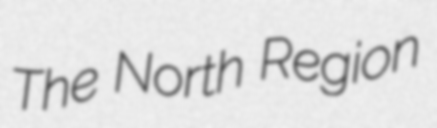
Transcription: The North Region